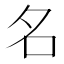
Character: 名